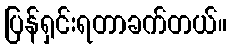
ပြန်ရှင်းရတာခက်တယ်။